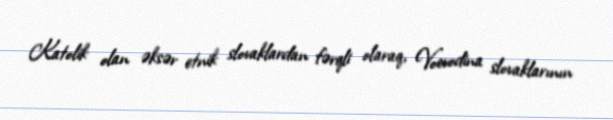
Katolik olan əksər etnik slovaklardan fərqli olaraq, Voevodina slovaklarının